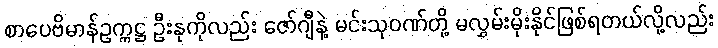
စာပေဗိမာန်ဥက္ကဋ္ဌ ဦးနုကိုလည်း ဇော်ဂျီနဲ့ မင်းသုဝဏ်တို့ မလွှမ်းမိုးနိုင်ဖြစ်ရတယ်လို့လည်း